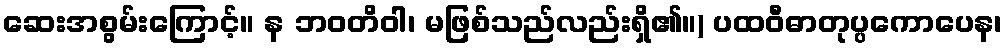
ဆေးအစွမ်းကြောင့်။ န ဘဝတိဝါ၊ မဖြစ်သည်လည်းရှိ၏။) ပထဝီဓာတုပ္ပကောပေန၊